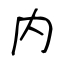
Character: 内